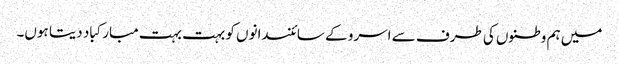
میں ہم وطنوں کی طرف سے اسرو کے سائنسدانوں کو بہت بہت مبارکباد دیتا ہوں۔